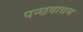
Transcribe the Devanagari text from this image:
पन्छवाद्यम